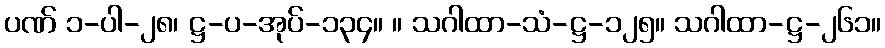
ပဏ် ၁-ပါ-၂၈၊ ဋ္ဌ-ပ-အုပ်-၁၃၄။ ။ သဂါထာ-သံ-ဋ္ဌ-၁၂၅။ သဂါထာ-ဋ္ဌ-၂၆၁။